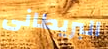
البريطانى